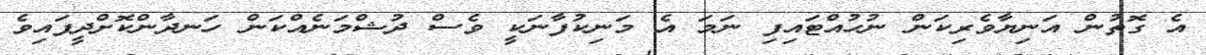
އެ ގޮތުން އަނިޔާވެރިކަން ނުހުއްޓައިފި ނަމަ އެ މަނިކުފާނަކީ ވެސް ދުޝްމަނެއްކަން ހަނދާންކޮށްދީފައިވެ